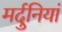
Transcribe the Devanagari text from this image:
मर्दुनियां